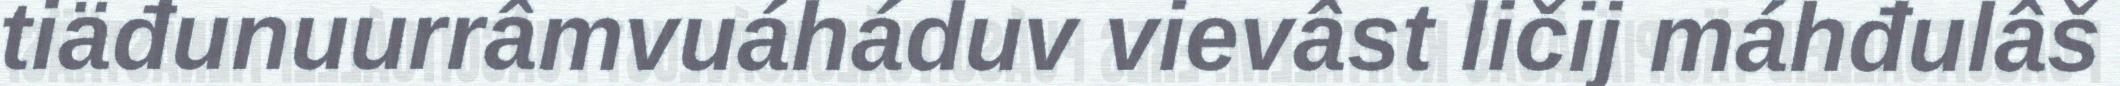
tiäđunuurrâmvuáháduv vievâst ličij máhđulâš